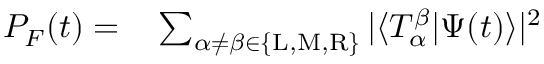
\begin{array} { r l } { P _ { F } ( t ) = } & { { } \sum _ { \alpha \neq \beta \in \{ \mathrm { L } , \mathrm { M } , \mathrm { R } \} } | \langle T _ { \alpha } ^ { \beta } | \Psi ( t ) \rangle | ^ { 2 } } \end{array}